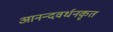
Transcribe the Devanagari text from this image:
आनन्दवर्धनकृत